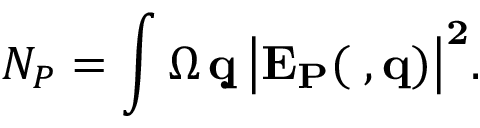
N _ { P } = \int \d \Omega \, \d { \bf q } \, \big | E _ { P } ( \Omega , { \bf q } ) \big | ^ { 2 } .